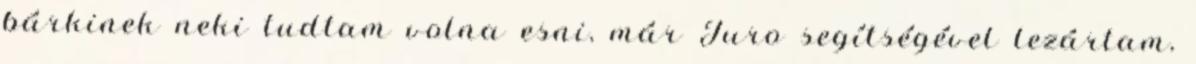
bárkinek neki tudtam volna esni, már Juro segítségével lezártam,